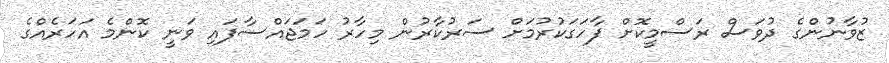
ޒުވާނުންގެ ދުވަސް ރަސްމީކޮށް ފާހަގަކުރުމަށް ސަރުކާރުން މިހާރު ހަމަޖައްސާފައި ވަނީ ކޮންމެ އަހަރެއްގެ